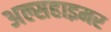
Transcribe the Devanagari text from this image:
अल्सहाइमर